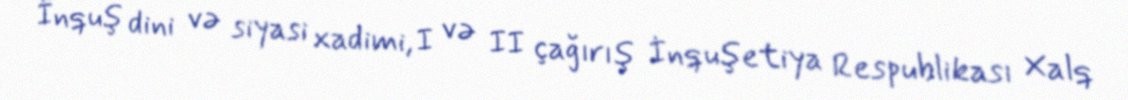
İnquş dini və siyasi xadimi, I və II çağırış İnquşetiya Respublikası Xalq